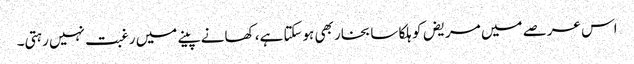
اس عرصے میں مریض کو ہلکا سا بخار بھی ہوسکتا ہے، کھانے پینے میں رغبت نہیں رہتی۔